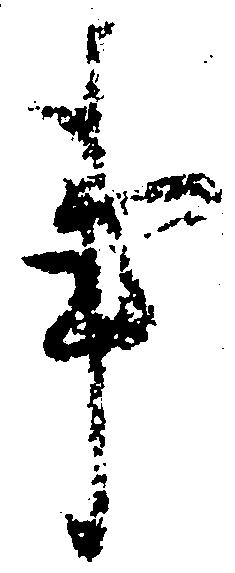
事